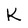
Character: k